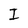
Character: I